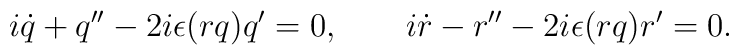
i \dot q + q'' - 2i \epsilon (rq) q' = 0, \qquad i\dot r - r'' - 2i \epsilon(rq) r' = 0.